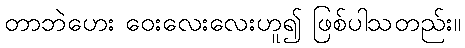
တာဘဲဟေး ဝေးလေးလေးဟူ၍ ဖြစ်ပါသတည်း။